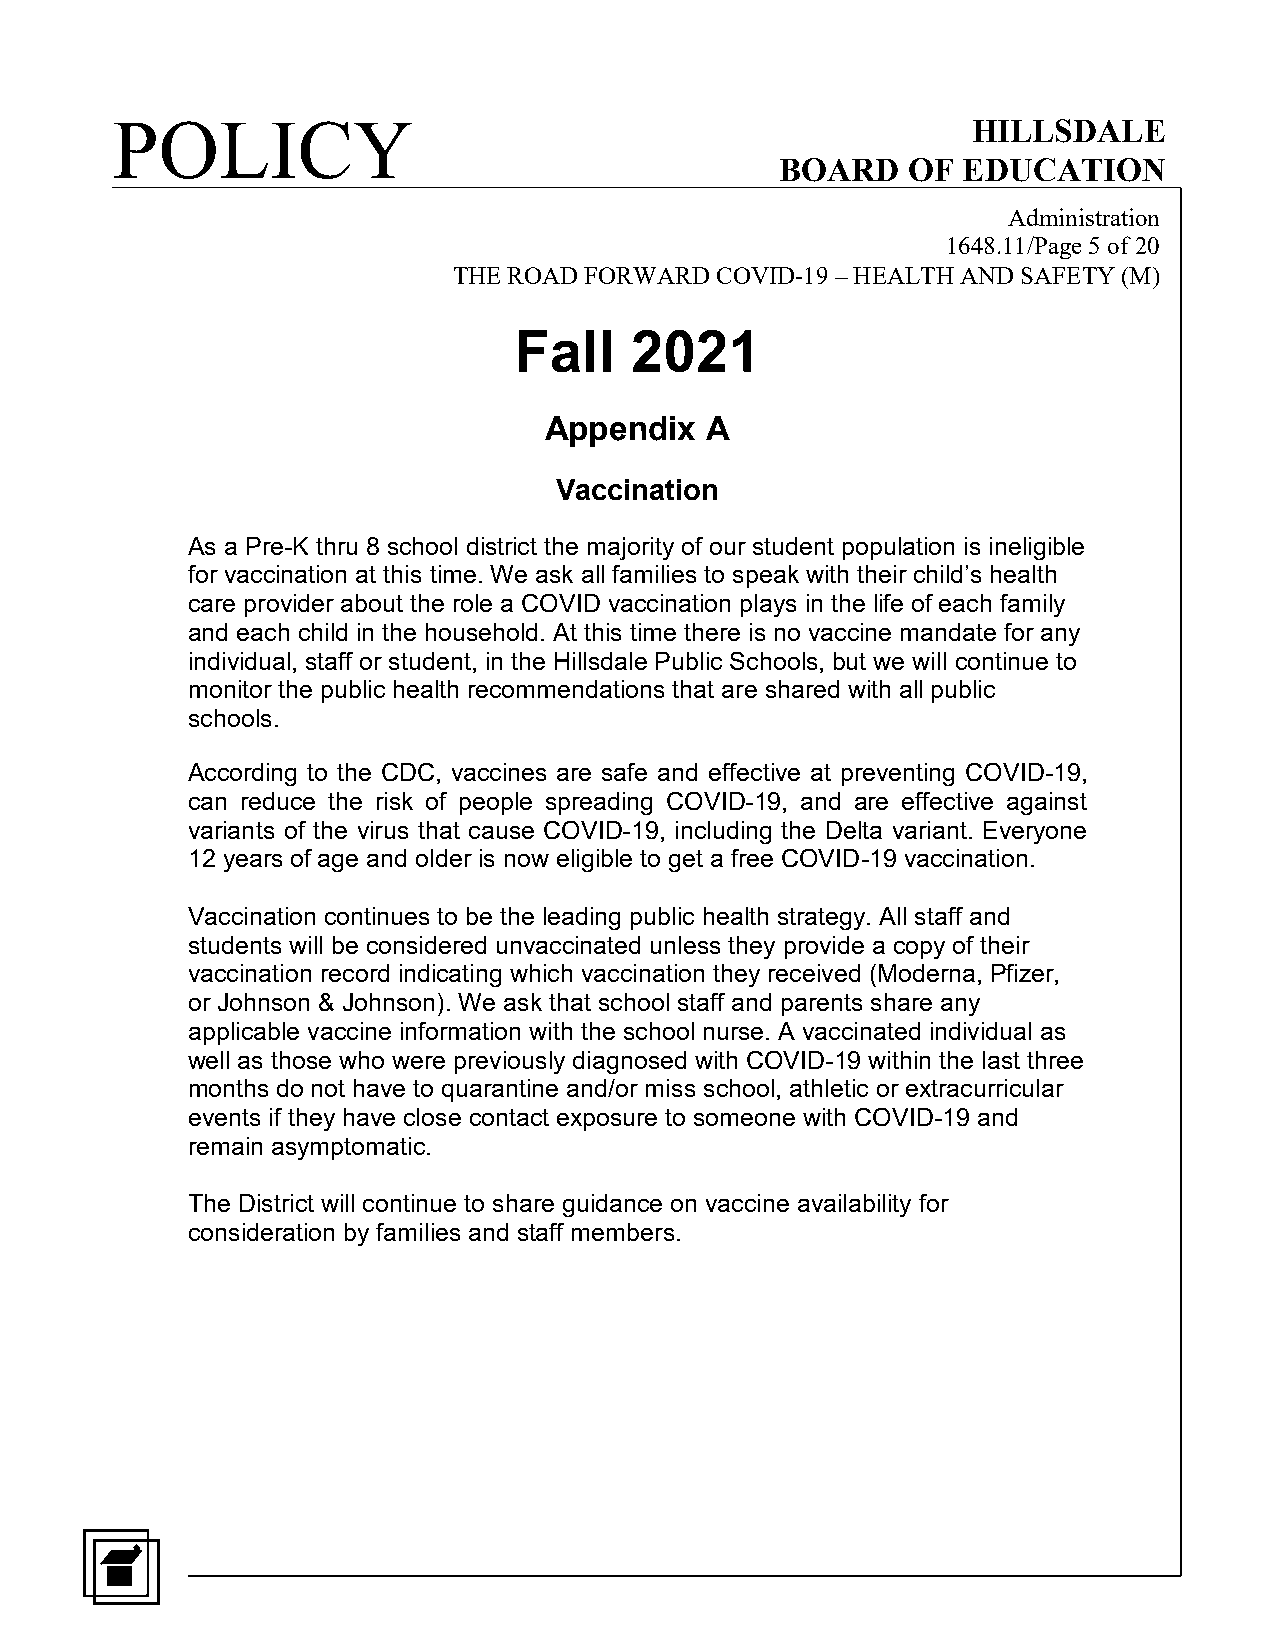
POLICY                                                   HILLSDALE
 BOARD   OF  EDUCATION
 Administration
 1648.11/Page 5 of 20
 THE ROAD FORWARD COVID-19 – HEALTH AND SAFETY (M)
 Fall    2021
 Appendix   A
 Vaccination
 As a Pre-K thru 8 school district the majority of our student population is ineligible
 for vaccination at this time. We ask all families to speak with their child’s health
 care provider about the role a COVID vaccination plays in the life of each family
 and each child in the household. At this time there is no vaccine mandate for any
 individual, staff or student, in the Hillsdale Public Schools, but we will continue to
 monitor the public health recommendations that are shared with all public
 schools.
 According to the CDC, vaccines are safe and effective at preventing COVID-19,
 can reduce the risk of people spreading COVID-19, and are effective against
 variants of the virus that cause COVID-19, including the Delta variant. Everyone
 12 years of age and older is now eligible to get a free COVID-19 vaccination.
 Vaccination continues to be the leading public health strategy. All staff and
 students will be considered unvaccinated unless they provide a copy of their
 vaccination record indicating which vaccination they received (Moderna, Pfizer,
 or Johnson & Johnson). We ask that school staff and parents share any
 applicable vaccine information with the school nurse. A vaccinated individual as
 well as those who were previously diagnosed with COVID-19 within the last three
 months do not have to quarantine and/or miss school, athletic or extracurricular
 events if they have close contact exposure to someone with COVID-19 and
 remain asymptomatic.
 The District will continue to share guidance on vaccine availability for
 consideration by families and staff members.